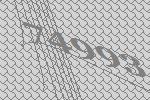
74993